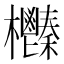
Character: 𣡎